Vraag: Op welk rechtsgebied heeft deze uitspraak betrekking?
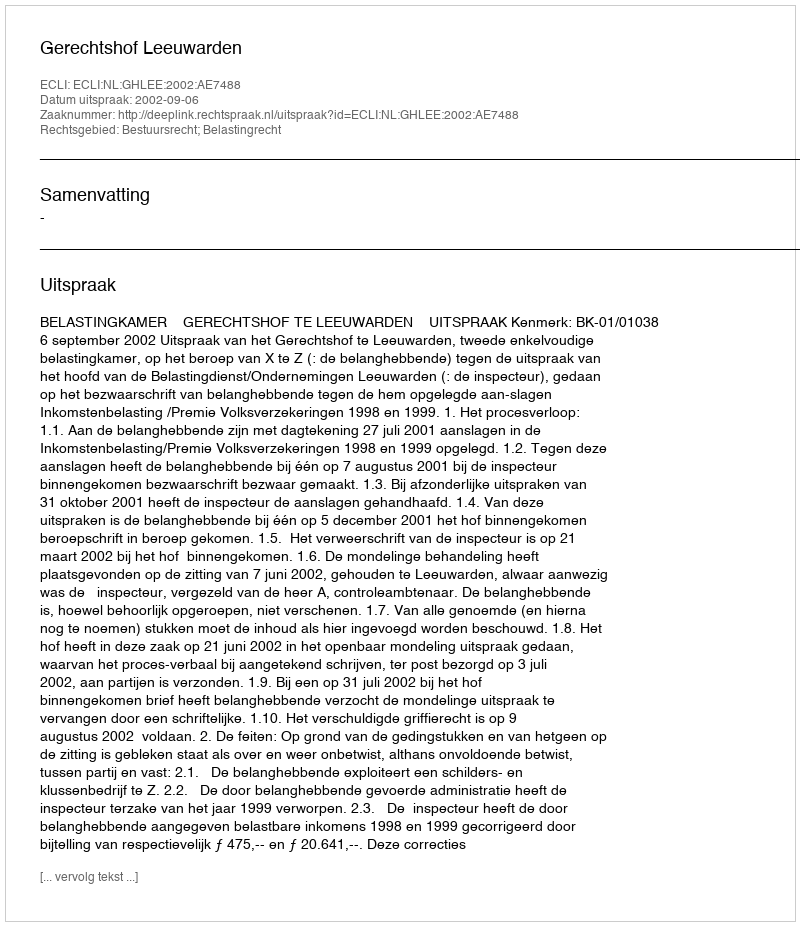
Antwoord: Bestuursrecht; Belastingrecht